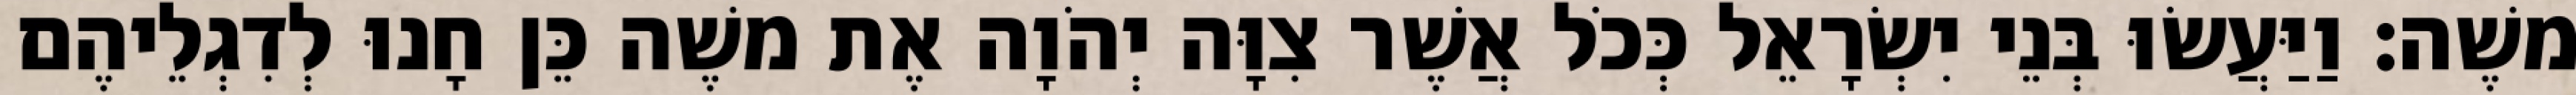
משֶׁה׃ וַיַּעֲשׂוּ בְּנֵי יִשְׂרָאֵל כְּכֹל אֲשֶׁר צִוָּה יְהֹוָה אֶת משֶׁה כֵּן חָנוּ לְדִגְלֵיהֶם